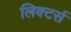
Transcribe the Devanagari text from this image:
लिक्टर्स